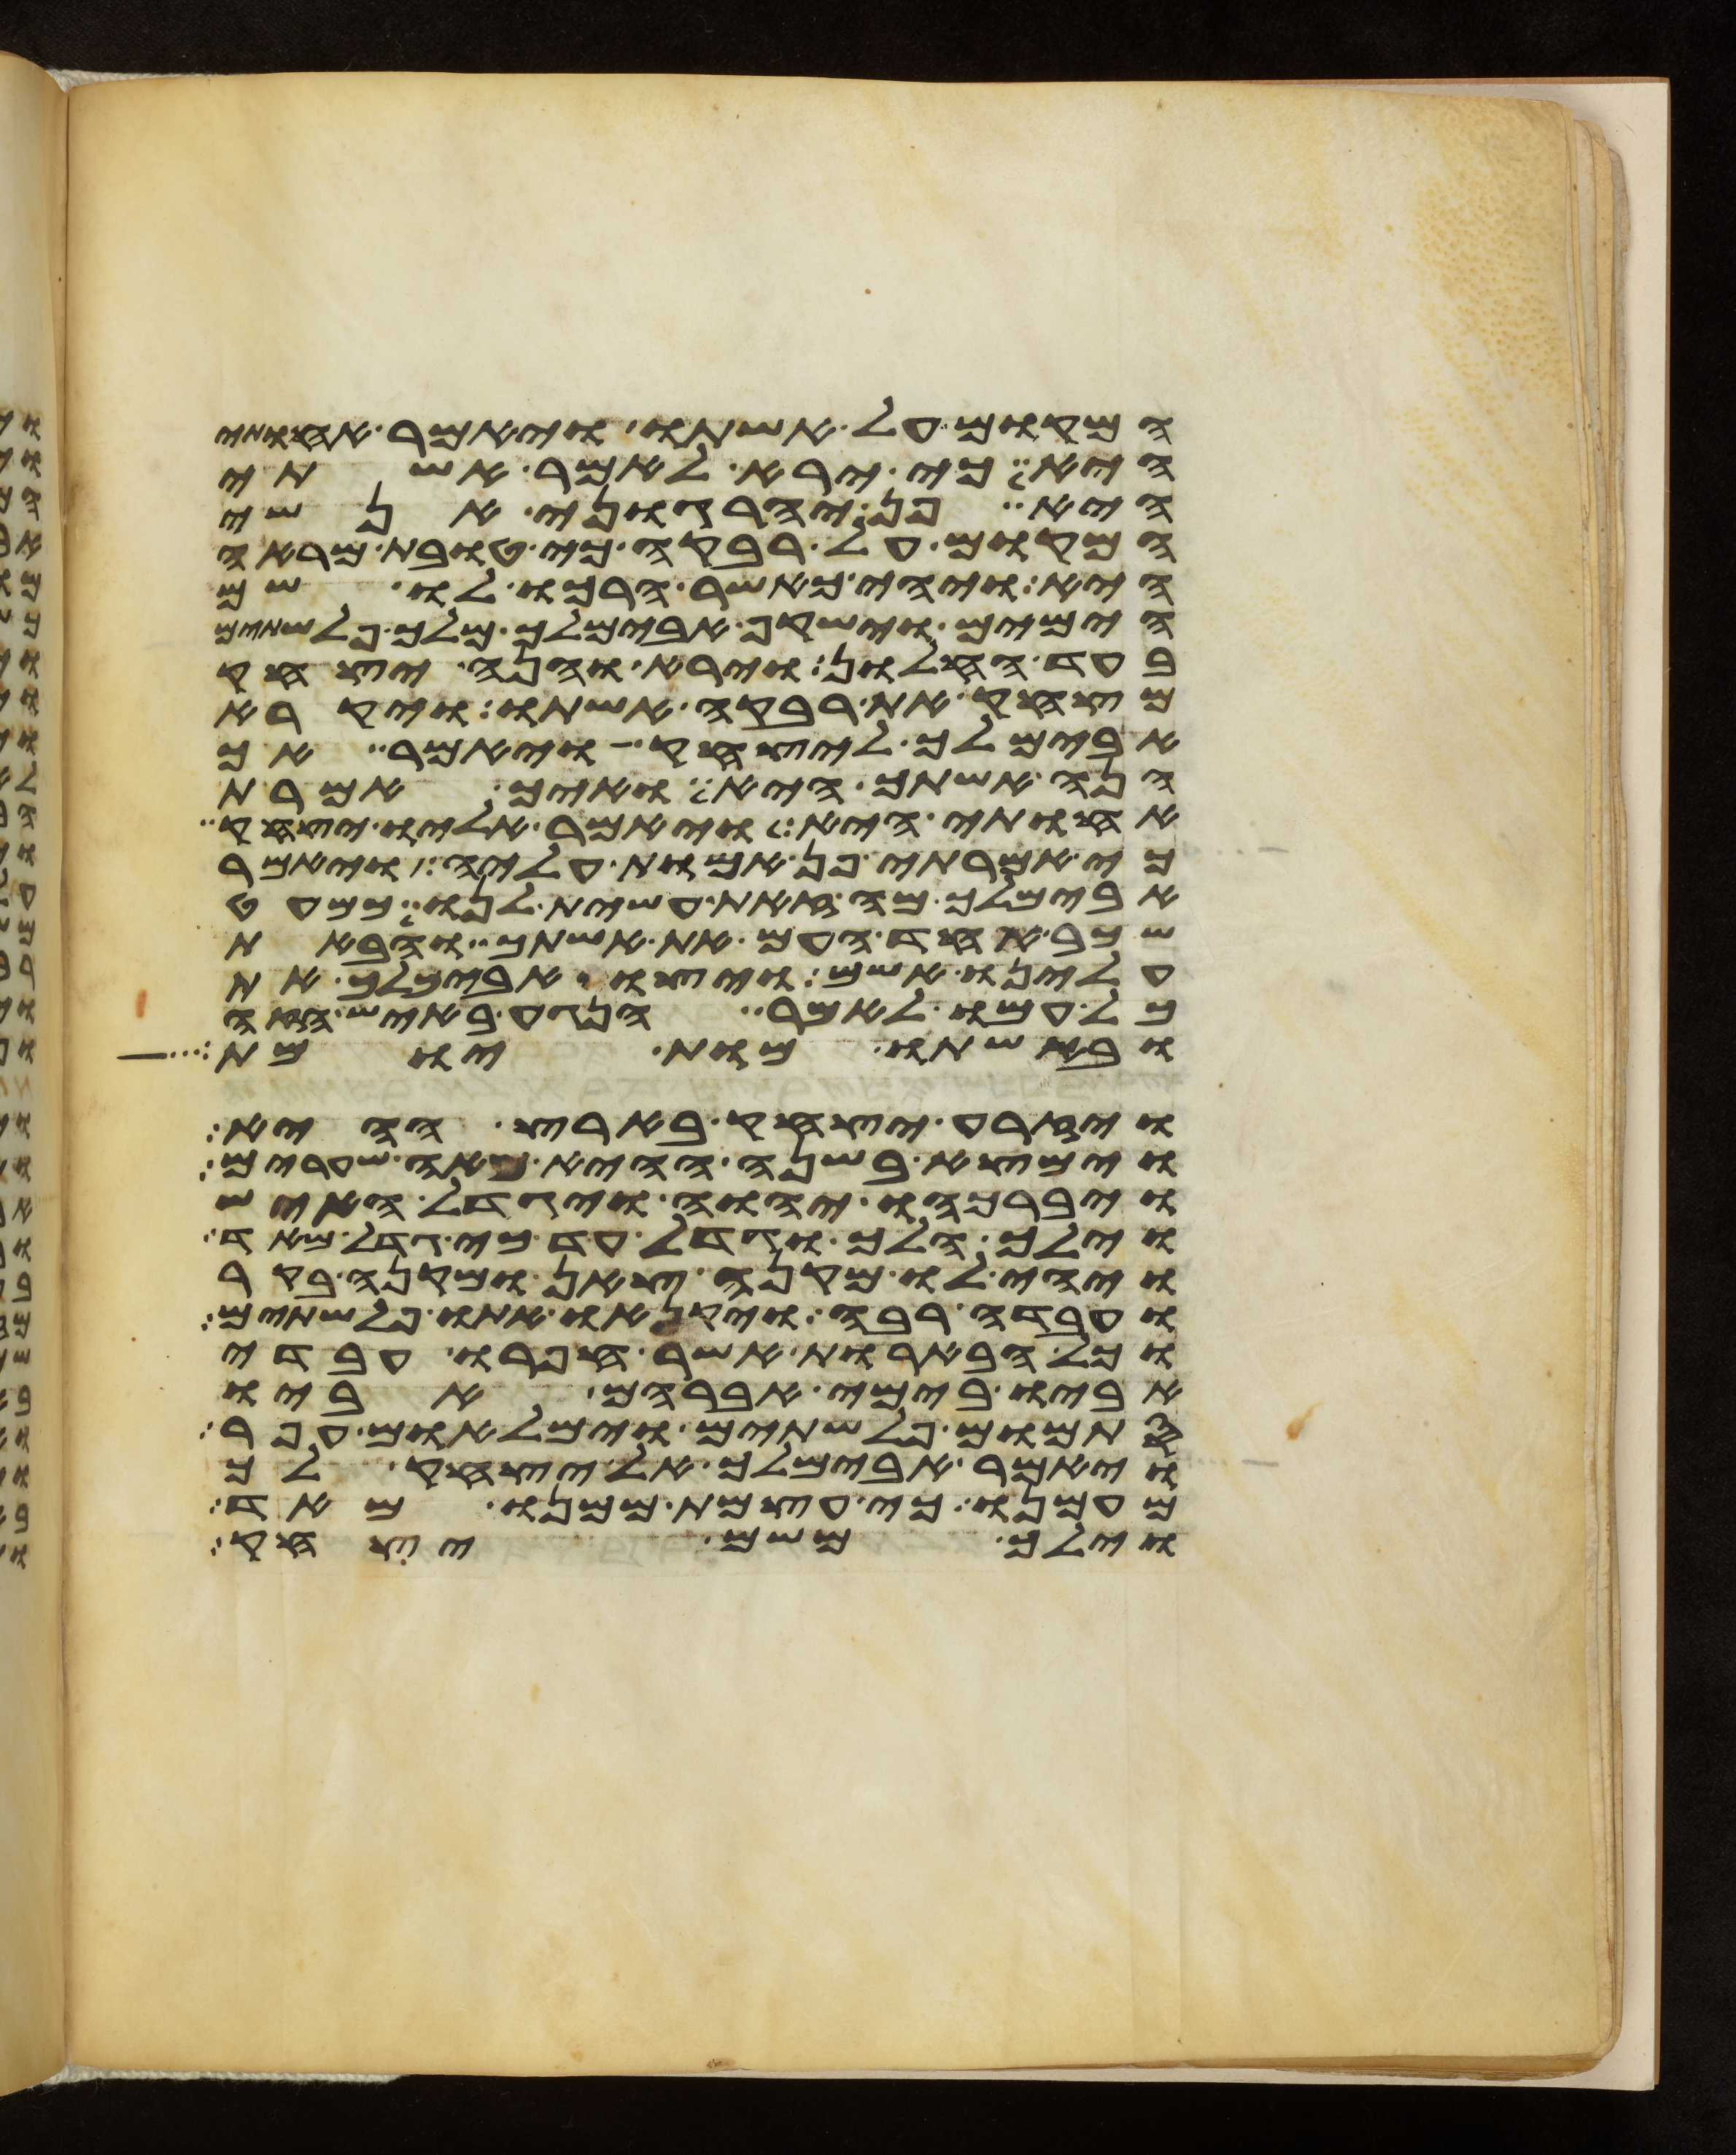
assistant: המקום על אשתו ויאמר אחותי
היא כי ירא לאמר אשתי
היא פן יהרגוני אנשי
המקום על רבקה כי טובת מראה
היא ויהי כאשר הרכו לו שם
הימים וישקף אבימלך מלך פלשתים
בעד החלון וירא והנה יצחק
מצחק את רבקה אשתו ויקרא
אבימלך ליצחק ויאמר אך
הנה אשתך היא ואיך אמרת
אחותי היא ויאמר אליו יצחק
כי אמרתי פן אמות עליה ויאמר
אבימלך מה זאת עשית לנו כמעט
שכב אחד העם את אשתך והבאת
עלינו אשם ויצו אבימלך את
כל עמו לאמר הנגע באיש הזה
ובאשתו מות יומת
ויזרע יצחק בארץ ההיא
וימצא בשנה ההיא מאה שערים
ויברכהו יהוה ויגדל האיש
וילך הלך וגדל עד כי גדל מאד
ויהי לו מקנה צאן ומקנה בקר
ועבדה רבה ויקנאו אתו פלשתים
וכל הבארות אשר חפרו עבדי
אביו בימי אברהם אביו
סתמום פלשתים וימלאום עפר
ויאמר אבימלך אל יצחק לך
מעמנו כי עצמת ממנו מאד
וילך משם יצחק